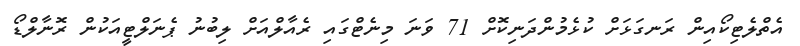
އެތްލެޓިކޯއިން ރަނގަޅަށް ކުޅެމުންދަނިކޮށް 71 ވަނަ މިނެޓްގައި ރެއާލްއަށް ލިބުނު ޕެނަލްޓީއަކުން ރޮނާލްޑޯ